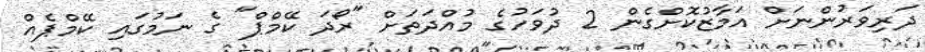
ދަރިވަރުންނަށް އަމާޒުކޮށްގެން 2 ދުވަހުގެ މުއްދަތަށް "ރޯދަ ކޭމްޕް" ގެ ނަމުގައި ކޭމްޕެއް